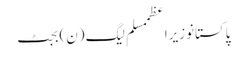
پاکستانوزیراعظممسلم لیگ (ن)بجٹ